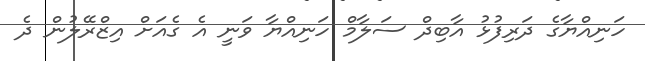
ހަނިއްޔާގެ ދަރިފުޅު އާބިދް ސަލާމް ހަނިއްޔާ ވަނީ އެ ގެއަށް އިޒްރޭލުން ދެ